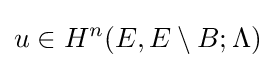
u\in H^{n}(E,E\setminus B;\Lambda )